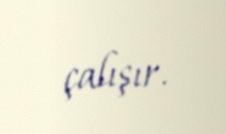
çalışır.